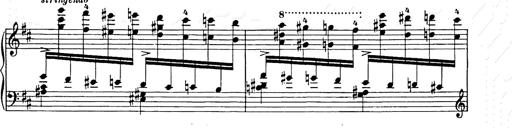
Title: Ballade No.2
Composer: Jan Skrzydlewski
Key: B minor